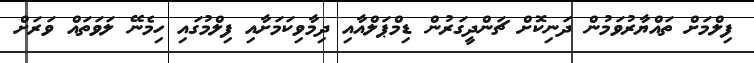
ފިލްމަށް ތައްޔާރުވަމުން ދަނިކޮށް ޗަންދީގަރުން ޑިމްޕަލްއާއި ދިމާވިކަމަށާއި ފިލްމުގައި ހިމެނޭ ލަވަތައް ވަރަށް